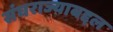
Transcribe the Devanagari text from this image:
संघराज्याबद्दल